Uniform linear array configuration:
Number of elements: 48
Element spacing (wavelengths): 0.25
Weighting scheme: binomial
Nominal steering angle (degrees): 30
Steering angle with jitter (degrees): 30.185
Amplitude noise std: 0.05
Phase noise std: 0.05

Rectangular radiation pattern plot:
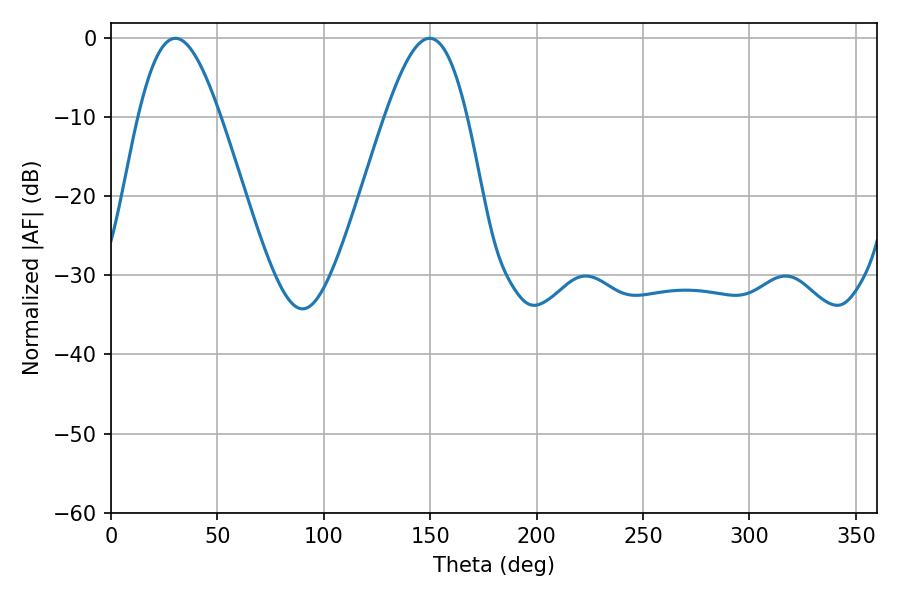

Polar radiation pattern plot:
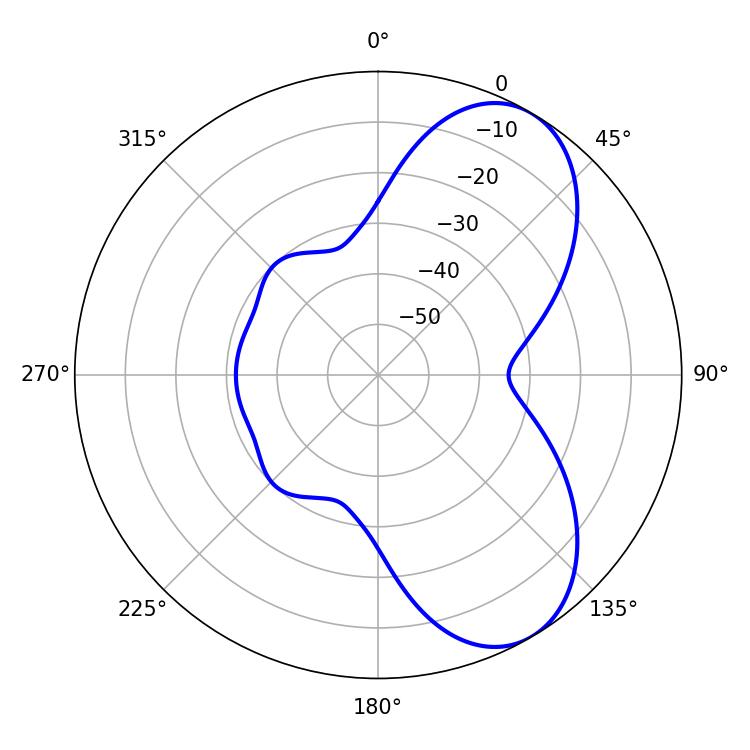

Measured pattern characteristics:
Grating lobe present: FALSE
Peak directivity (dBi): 6.922
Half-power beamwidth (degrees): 20.7
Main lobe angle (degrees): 30.24